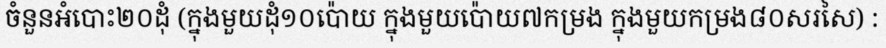
ចំនួនអំបោះ២០ដុំ (ក្នុងមួយដុំ១០ប៉ោយ ក្នុងមួយប៉ោយ៧កម្រង ក្នុងមួយកម្រង៨០សរសៃ) :